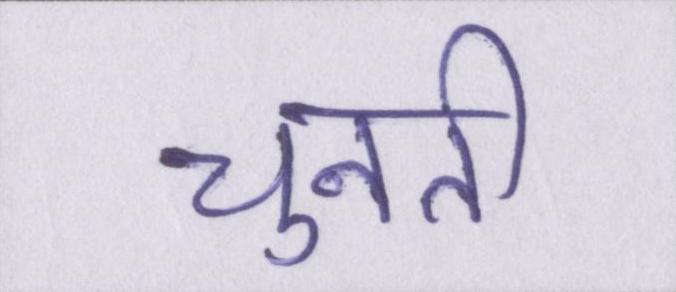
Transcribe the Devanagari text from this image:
चुनती